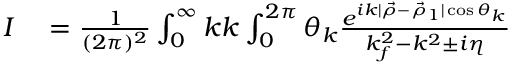
\begin{array} { r l } { I } & { { } = \frac { 1 } { ( 2 \pi ) ^ { 2 } } \int _ { 0 } ^ { \infty } k \d k \int _ { 0 } ^ { 2 \pi } \d \theta _ { k } \frac { e ^ { i k \vert \vec { \rho } - \vec { \rho } _ { 1 } \vert \cos \theta _ { k } } } { k _ { f } ^ { 2 } - k ^ { 2 } \pm i \eta } } \end{array}